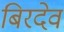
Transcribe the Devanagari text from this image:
बिरदेव